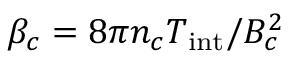
\beta _ { c } = 8 \pi n _ { c } T _ { \mathrm { i n t } } / B _ { c } ^ { 2 }